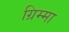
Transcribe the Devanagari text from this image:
ग्रिम्मा